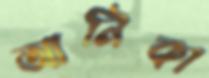
আনিকা